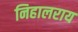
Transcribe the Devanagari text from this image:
निहालराय